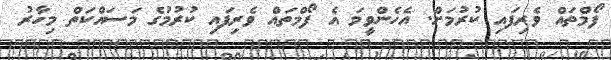
ފޯމްތައް ވެރިފައި ކުރުމަށް. އެހެންވީމަ އެ ފޯމްތައް ވެރިފައި ކުރުމުގެ މަސައްކަތް މިހާރު